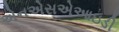
એનએસએઆઇડી